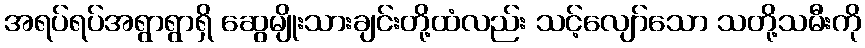
အရပ်ရပ်အရွာရွာရှိ ဆွေမျိုးသားချင်းတို့ထံလည်း သင့်လျော်သော သတို့သမီးကို